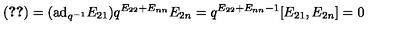
( \ref { 2 } ) = ( \mathrm { a d } _ { q ^ { - 1 } } E _ { 2 1 } ) q ^ { E _ { 2 2 } + E _ { n n } } E _ { 2 n } = q ^ { E _ { 2 2 } + E _ { n n } - 1 } [ E _ { 2 1 } , E _ { 2 n } ] = 0